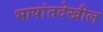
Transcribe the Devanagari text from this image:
भाषांतदेखील